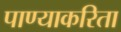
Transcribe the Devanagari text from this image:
पाण्याकरिता